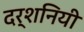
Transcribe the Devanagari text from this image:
दर्शनियी